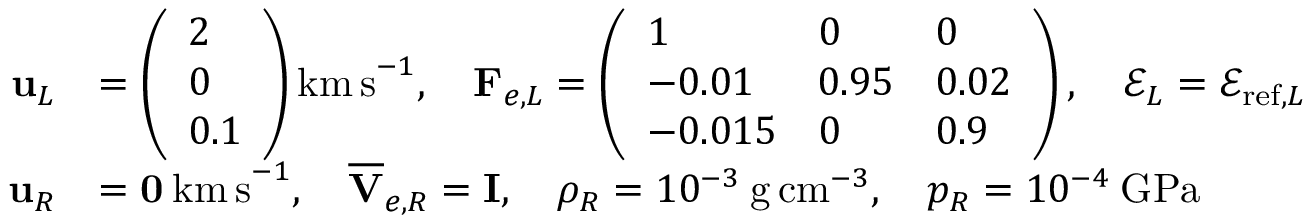
\begin{array} { r l } { \mathbf { u } _ { L } } & { = \left( \begin{array} { l } { 2 } \\ { 0 } \\ { 0 . 1 } \end{array} \right) \mathrm { k m \, s } ^ { - 1 } , \quad \mathbf { F } _ { e , L } = \left( \begin{array} { l l l } { 1 } & { 0 } & { 0 } \\ { - 0 . 0 1 } & { 0 . 9 5 } & { 0 . 0 2 } \\ { - 0 . 0 1 5 } & { 0 } & { 0 . 9 } \end{array} \right) , \quad \mathscr { E } _ { L } = \mathscr { E } _ { \mathrm { r e f } , L } } \\ { \mathbf { u } _ { R } } & { = \mathbf { 0 } \: \mathrm { k m \, s } ^ { - 1 } , \quad \overline { { \mathbf { V } } } _ { e , R } = \mathbf { I } , \quad \rho _ { R } = 1 0 ^ { - 3 } \: \mathrm { g \, c m } ^ { - 3 } , \quad p _ { R } = 1 0 ^ { - 4 } \: \mathrm { G P a } } \end{array}